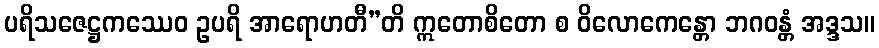
ပရိသဇေဋ္ဌကဿေဝ ဥပရိ အာရောဟတီ”တိ ဣတောစိတော စ ဝိလောကေန္တော ဘဂဝန္တံ အဒ္ဒသ။